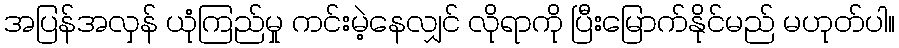
အပြန်အလှန် ယုံကြည်မှု ကင်းမဲ့နေလျှင် လိုရာကို ပြီးမြောက်နိုင်မည် မဟုတ်ပါ။